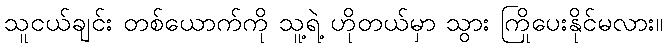
သူငယ်ချင်း တစ်ယောက်ကို သူ့ရဲ့ ဟိုတယ်မှာ သွား ကြိုပေးနိုင်မလား။